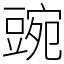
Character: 豌